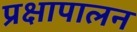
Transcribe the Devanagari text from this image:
प्रक्षापालन